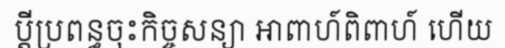
ប្តីប្រពន្ធចុះកិច្ចសន្យា អាពាហ៍ពិពាហ៍ ហើយ